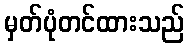
မှတ်ပုံတင်ထားသည်